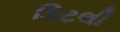
કિટલી